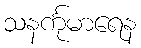
သနင်္ကုမာရေန